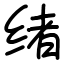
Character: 绪